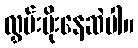
လွှမ်းမိုးနေဆဲပါ။